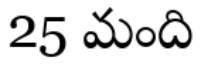
25 మంది